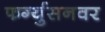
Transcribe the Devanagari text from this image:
फर्ग्युसनवर